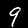
Label: 9